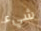
شيء